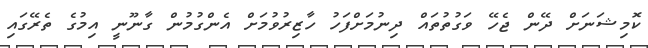
ކޮމިޝަނަށް ދޭން ޖެހޭ ވަގުތުތައް ދިނުމަށްފަހު ހާޒިރުވުމަށް އެންގުމުން ގާނޫނީ އިމުގެ ތެރޭގައި